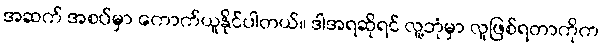
အဆက် အစပ်မှာ ကောက်ယူနိုင်ပါတယ်။ ဒါအရဆိုရင် လူ့ဘုံမှာ လူဖြစ်ရတာကိုက